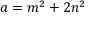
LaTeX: a = m ^ { 2 } + 2 n ^ { 2 }